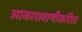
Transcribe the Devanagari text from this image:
आकाशवाणीकरिता